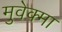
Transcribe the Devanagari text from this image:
मुवेक्मा